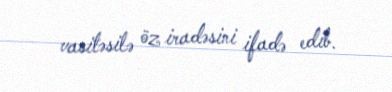
vasitəsilə öz iradəsini ifadə edib.